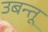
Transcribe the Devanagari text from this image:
उबन्तू